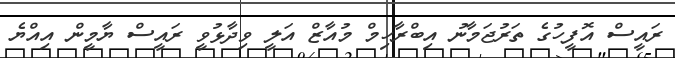
ރައީސް އޮފީހުގެ ތަރުޖަމާނު އިބްރާހިމް މުއާޒް އަލީ ވިދާޅުވީ ރައީސް ޔާމީން އިއްޔެ